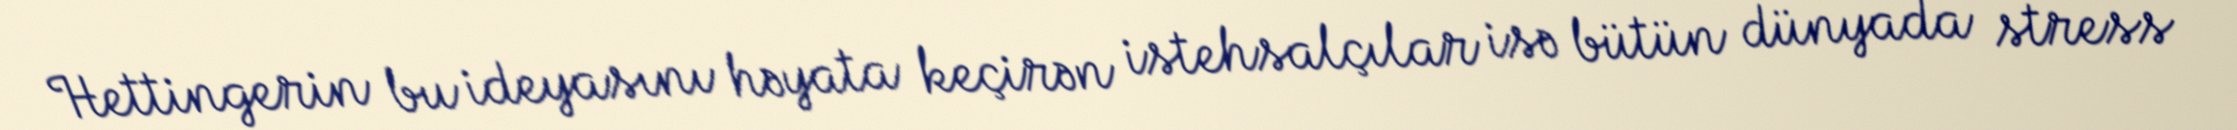
Hettingerin bu ideyasını həyata keçirən istehsalçılar isə bütün dünyada stress